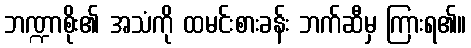
ဘဏ္ဍာစိုး၏ အသံကို ထမင်းစားခန်း ဘက်ဆီမှ ကြားရ၏။